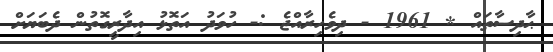
ޙާދިސާތައް * 1961 - ދިވެހިރާއްޖެ :- ހުވަދު އަތޮޅު އިދާރީގޮތުން ދެބަޔަށް